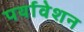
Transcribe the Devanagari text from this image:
पर्यावेशन